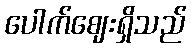
ပေါက်ဈေးရှိသည်